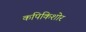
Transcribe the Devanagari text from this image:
कपिकिशोर